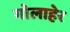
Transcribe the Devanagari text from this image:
गोलाहेर